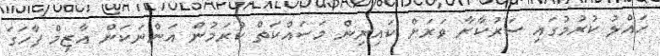
ހައްލު ކުރުމުގައި ސަރުކާރާ ވަރަށް ކައިރިން މަސައްކަތް ކުރަމުން އަންނަކަން އާޒިމް ފާހަގަ